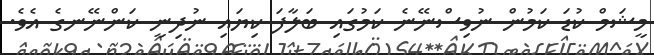
މީޝަމް ކުޑަ ކަމުން ނުވިސްނޭނެ ކަމުގައި ބަލާފަ ކިޔައި ނުދިނީ ކަންނޭނގެ އެވެ.